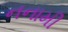
નનામી